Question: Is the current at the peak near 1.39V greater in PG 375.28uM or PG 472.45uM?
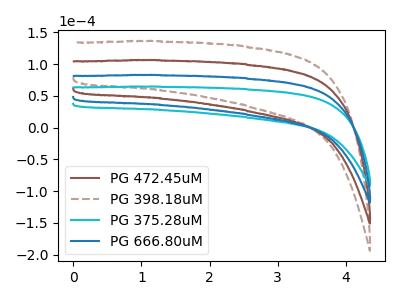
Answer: <think>The brown curve "PG 472.45uM" has no peaks. The brown dashed curve "PG 398.18uM" has no peaks. The cyan curve "PG 375.28uM" has no peaks. The blue curve "PG 666.80uM" has no peaks.</think>
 <answer>"PG 375.28uM" and "PG 472.45uM" dont share a peak at 1.39V.</answer>
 <eval>mismatch</eval>